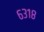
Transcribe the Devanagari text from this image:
६३१८